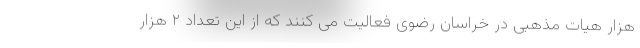
هزار هیات مذهبی در خراسان رضوی فعالیت می کنند که از این تعداد ۲ هزار